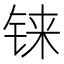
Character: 铼